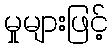
မှုများဖြင့်